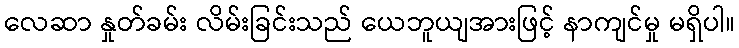
လေဆာ နှုတ်ခမ်း လိမ်းခြင်းသည် ယေဘူယျအားဖြင့် နာကျင်မှု မရှိပါ။